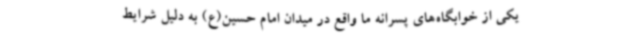
یکی از خوابگاه‌های پسرانه ما واقع در میدان امام حسین(ع) به دلیل شرایط